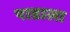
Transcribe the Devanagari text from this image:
पाडाला